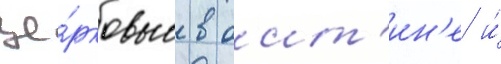
це́рковью в оит'ин'е и́